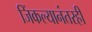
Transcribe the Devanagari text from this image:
जिंकल्यानंतरही